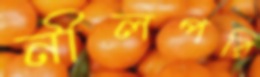
নীলপরি